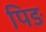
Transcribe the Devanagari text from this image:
पिङ